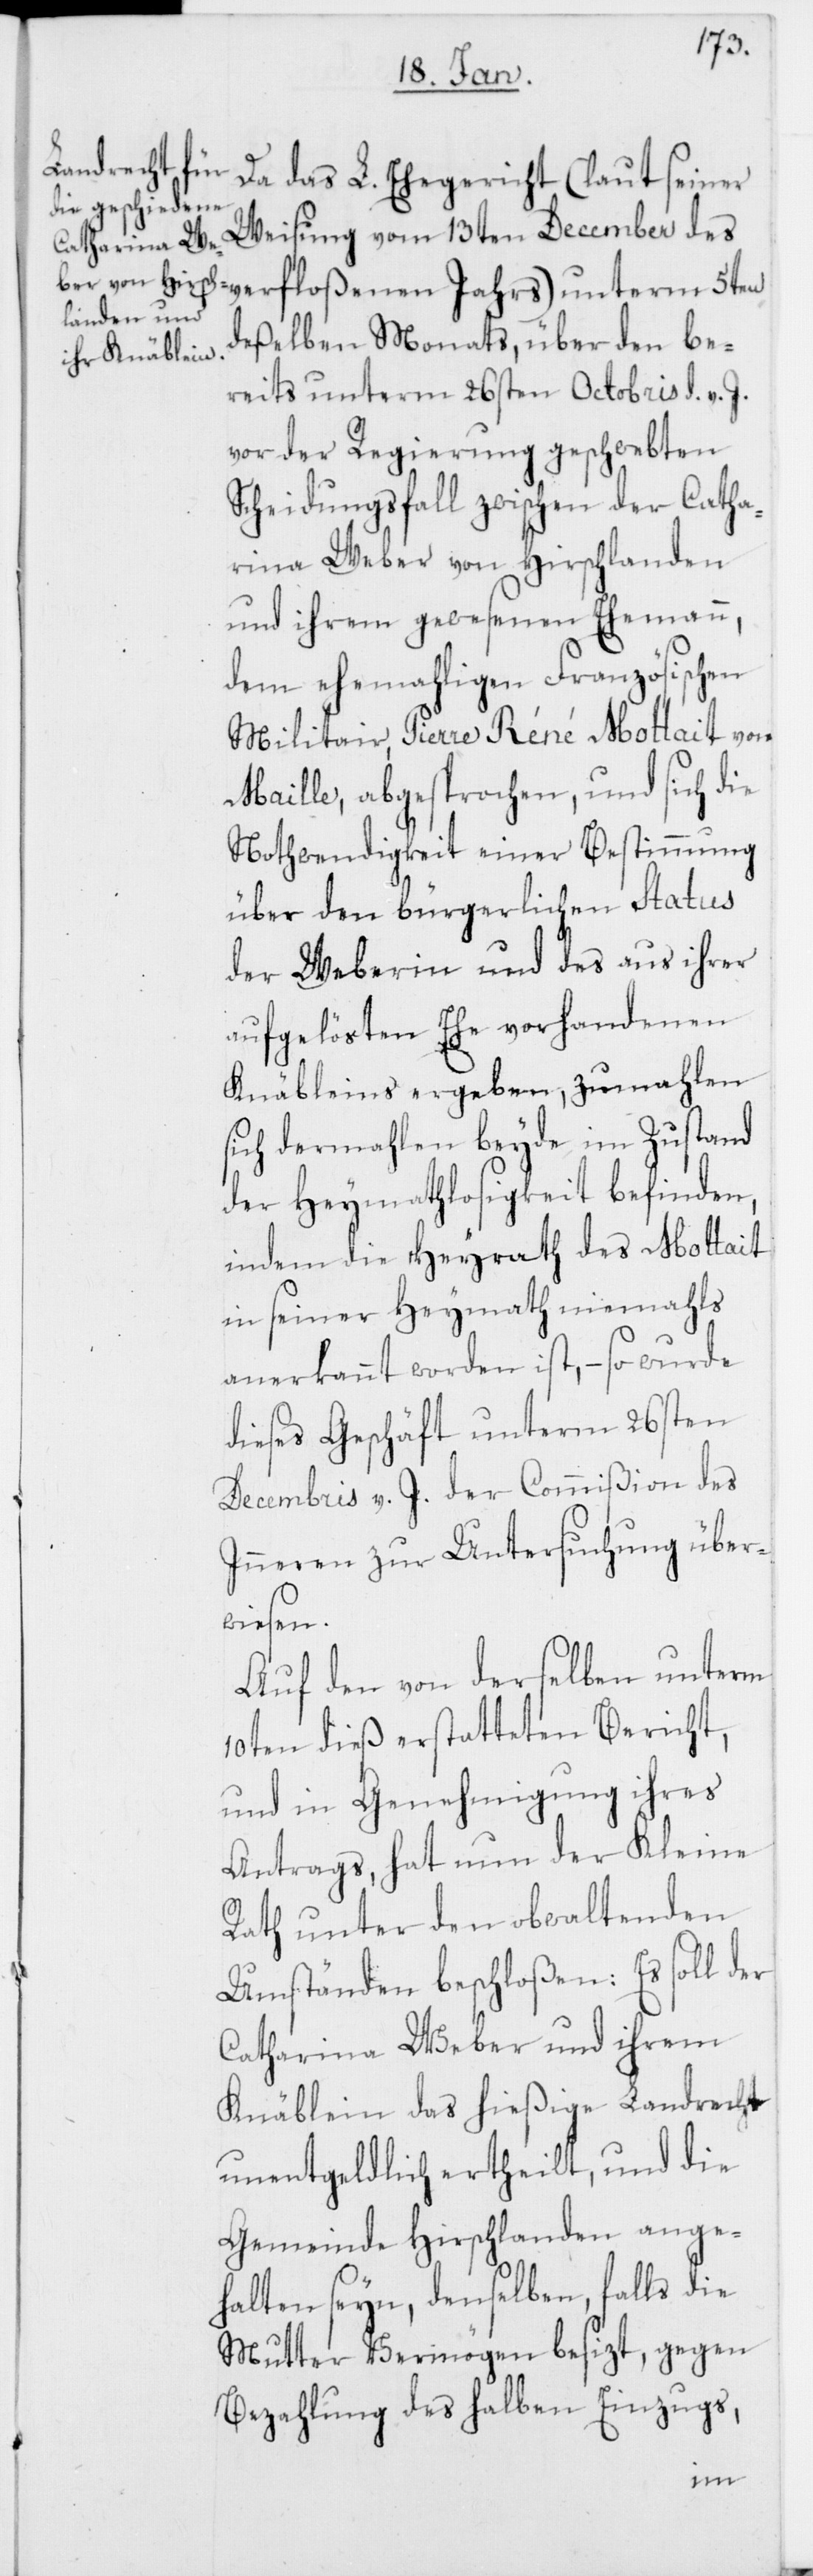
Da das L. Ehegericht (laut seiner
Weisung vom 13ten December des
deßelben Monats, über den be¬
reits unterm 26sten Octobris d. v. J.
vor der Regierung geschwebten
Scheidungsfall zwischen der Catha¬
rina Weber von Hirschlanden
und ihrem gewesenen Ehemann,
dem ehemahligen Französischen
Militair, Pierre Réné Mottait von
Maille, abgesprochen, und sich die
Nothwendigkeit einer Bestimmung
über den bürgerlichen Status
der Weberin und des aus ihrer
aufgelösten Ehe vorhandenen
Knäbleins ergeben, zumahlen
sich dermahlen beyde im Zustand
der Heymathlosigkeit befinden,
indem die Heyrath des Mottait
in seiner Heymath niemahls
anerkannt worden ist, – so wurde
dieses Geschäft unterm 26sten
Decembris v. J. der Commißion des
Inneren zur Untersuchung über¬
wiesen.
Auf den von derselben unterm
10ten dieß erstatteten Bericht,
und in Genehmigung ihres
Antrags, hat nun der Kleine
Rath unter den obwaltenden
Umständen beschloßen: Es soll der
Catharina Weber und ihrem
Knäblein das hießige Landrecht
unentgeldlich ertheilt, und die
Gemeinde Hirschlanden ange¬
halten seyn, denselben, falls die
Mutter Vermögen besizt, gegen
Bezahlung des halben Einzugs,